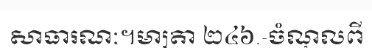
សាធារណៈ។មាត្រា ២៤៦.-ចំណូលពី